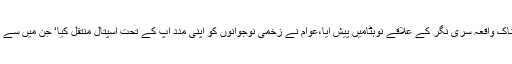
تفصیلات کے مطابق افسوسناک واقعہ سری نگر کے علاقے نوہٹامیں پیش آیا،عوام نے زخمی نوجوانوں کو اپنی مدد آپ کے تحت اسپتال منتقل کیا‘ جن میں سے دو کی حالت تشویشناک ہے۔